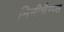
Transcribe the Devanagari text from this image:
मिनीचैम्प्स